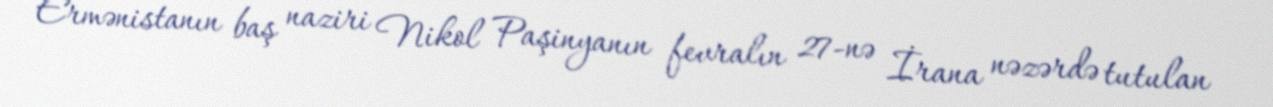
Ermənistanın baş naziri Nikol Paşinyanın fevralın 27-nə İrana nəzərdə tutulan